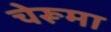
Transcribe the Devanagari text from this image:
चेरूमा